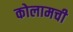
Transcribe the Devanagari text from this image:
कोलामची